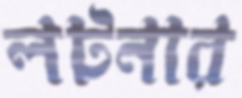
লটনার